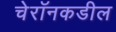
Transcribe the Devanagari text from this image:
चेरॉनकडील